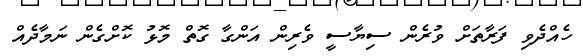
ހެެއްދެވި ފަރާތަށް ވުރެން ސިޔާސީ ވެރިން އަންގާ ގޮތް މޮޅު ކޮށްގެން ނަމާދެއް